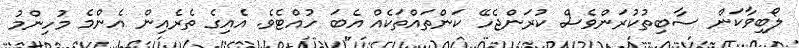
ލޯބިވާކަން ސާބިތުކުރަންވެސް ކުރަންޖެހޭ ކަންތައްތަކެއް އެބަ ހުއްޓެވެ. އެއިގެ ތެރެއިން އެންމެ މުހިންމު